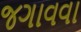
જગાવવા